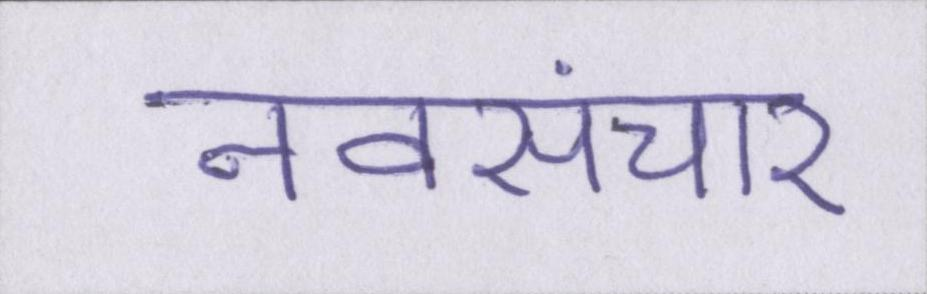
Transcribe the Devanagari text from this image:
नवसंचार